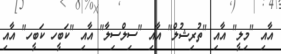
އާއި "މިލީ" އާއި "ތުރިޝުލް" އާއި "ސިލްސިލާ" އާއި "ކަބީހ ކަބީހ" އާއި